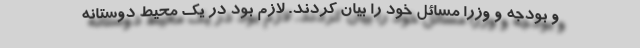
و بودجه و وزرا مسائل خود را بیان کردند. لازم بود در یک محیط دوستانه